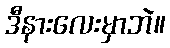
ဒီနားလေးမှာဘဲ။